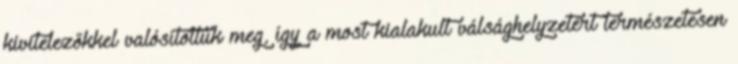
kivitelezőkkel valósítottuk meg, így a most kialakult válsághelyzetért természetesen